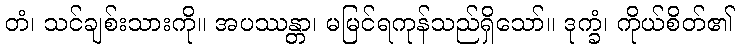
တံ၊ သင်ချစ်းသားကို။ အပဿန္တာ၊ မမြင်ရကုန်သည်ရှိသော်။ ဒုက္ခံ၊ ကိုယ်စိတ်၏